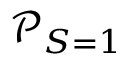
{ \mathcal P _ { S = 1 } }